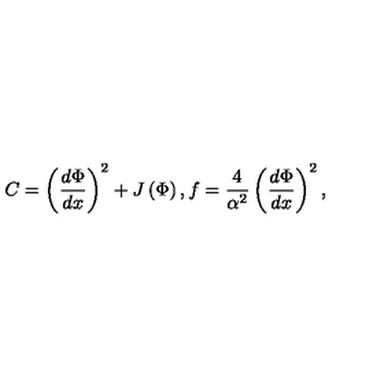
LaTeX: C = \left( \frac { d \Phi } { d x } \right) ^ { 2 } + J \left( \Phi \right) , f = \frac { 4 } { \alpha ^ { 2 } } \left( \frac { d \Phi } { d x } \right) ^ { 2 } ,